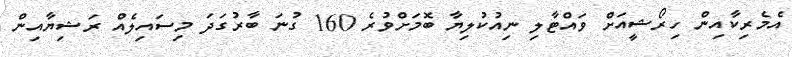
އެމެރިކާއިން ހިރޯޝީއަށް ވައްޓާލި ނިއުކުލިޔާ ބޮަމަށްވުރެ 160 ގުނަ ބާރުގަދަ މިސައިލެއް ރަޝިޔާއިން